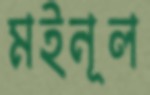
মইনূল